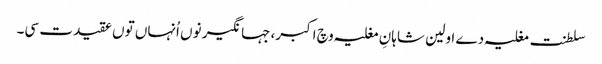
سلطنت مغلیہ دے اولین شاہانِ مغلیہ وچ اکبر، جہانگیر نو‏‏ں اُنہاں تو‏ں عقیدت سی۔